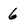
Character: 6